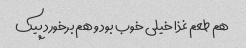
هم طعم غذا خیلی خوب بود و هم برخورد پیک